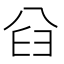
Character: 𠔒